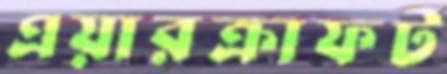
এয়ারক্রাফট